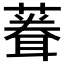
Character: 𫉠